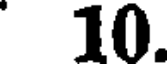
10.